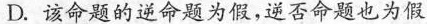
D.该命题的逆命题为假，逆否命题也为假